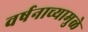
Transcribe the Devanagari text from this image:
वर्षनाच्यामुळे